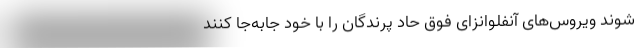
شوند ویروس‌های آنفلوانزای فوق حاد پرندگان را با خود جابه‌جا کنند